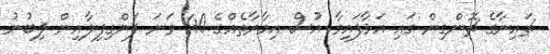
ޗައިނާގެ ޗޮންގިން ގައި އަޅާފައިވާ އުސް އިމާރާތެއްގެ 40 ވަނަ ފަންގިފިލާއިން ލިބުނު